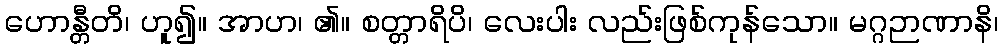
ဟောန္တီတိ၊ ဟူ၍။ အာဟ၊ ၏။ စတ္တာရိပိ၊ လေးပါး လည်းဖြစ်ကုန်သော။ မဂ္ဂဉာဏာနိ၊